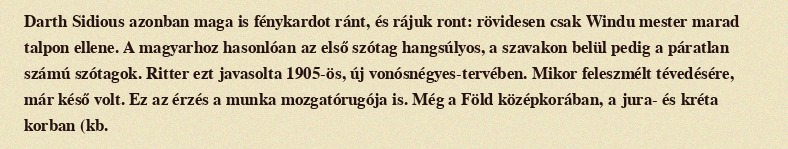
Darth Sidious azonban maga is fénykardot ránt, és rájuk ront: rövidesen csak Windu mester marad talpon ellene. A magyarhoz hasonlóan az első szótag hangsúlyos, a szavakon belül pedig a páratlan számú szótagok. Ritter ezt javasolta 1905-ös, új vonósnégyes-tervében. Mikor feleszmélt tévedésére, már késő volt. Ez az érzés a munka mozgatórugója is. Még a Föld középkorában, a jura- és kréta korban (kb.